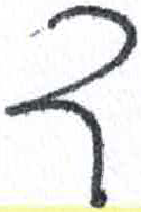
אות: ד